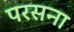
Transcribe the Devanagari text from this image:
परसना